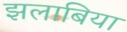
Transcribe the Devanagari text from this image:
झलाबिया